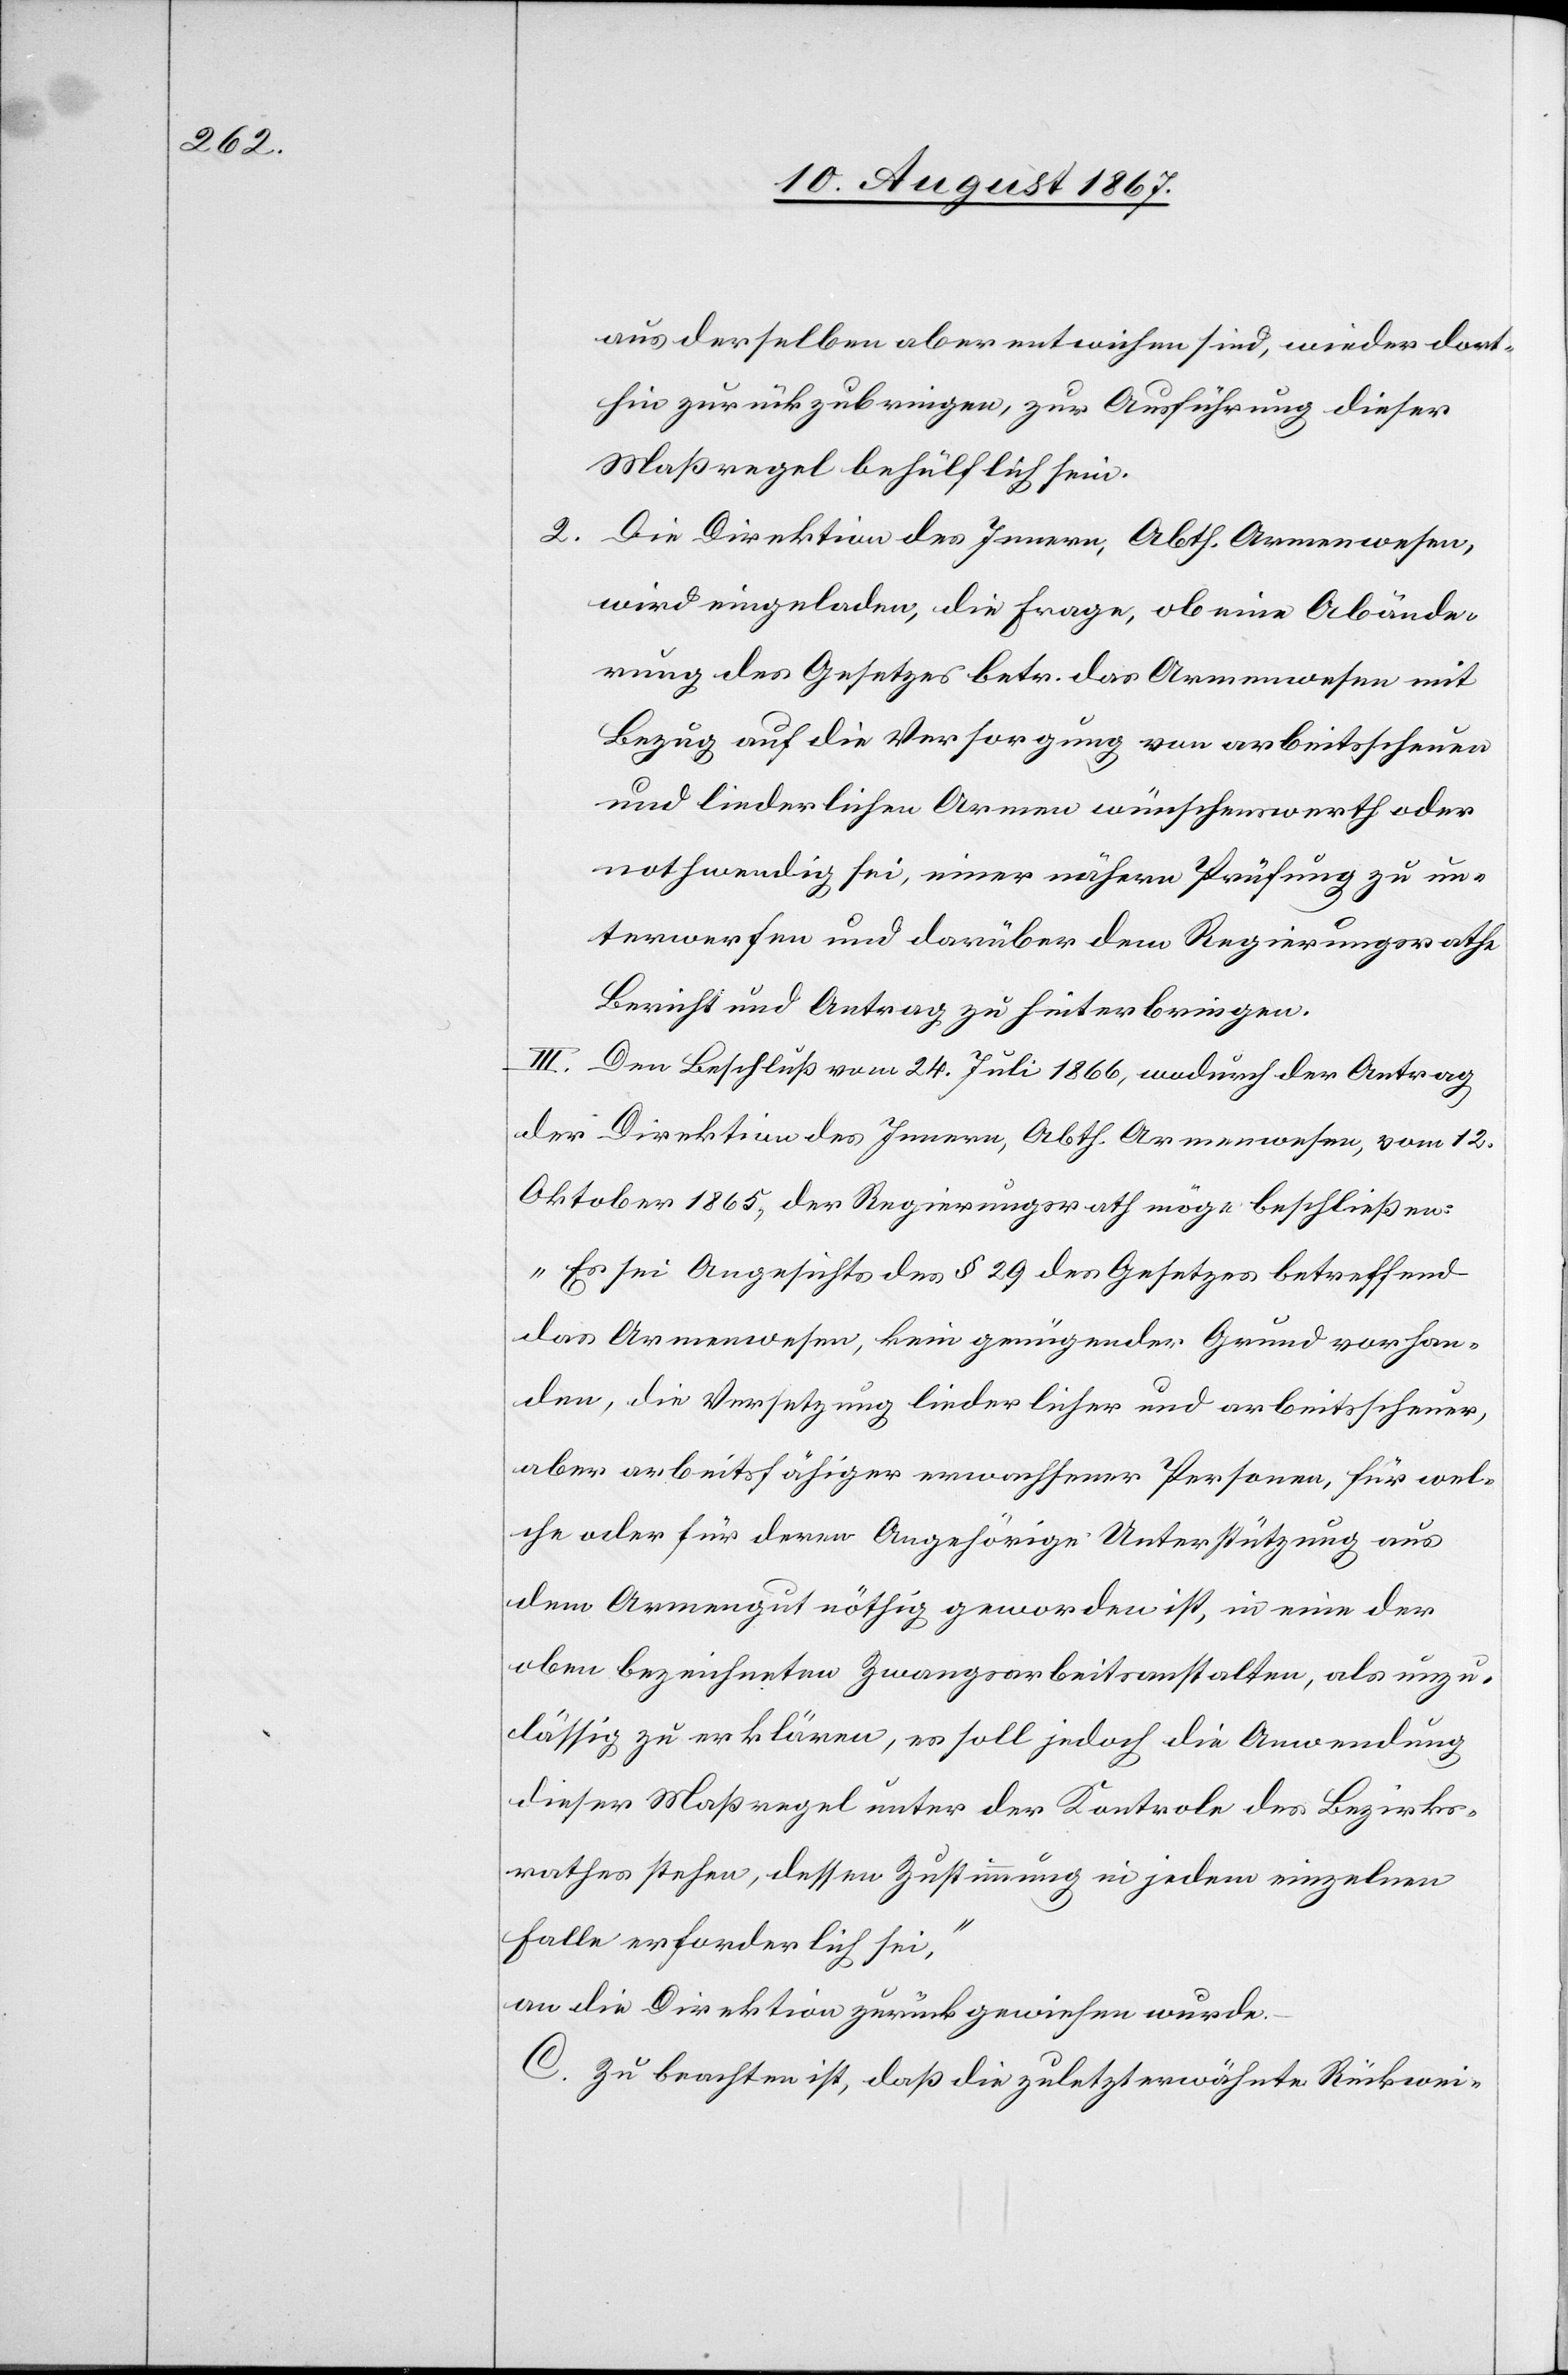
aus derselben aber entwichen sind, wieder dort¬
hin zu bringen, zur Ausführung dieser
Maßregel behülflich sein.
2. Die Direktion des Innern, Abth. Armenwesen,
wird eingeladen, die Frage, ob eine Abände¬
rung des Gesetzes betr. das Armenwesen mit
Bezug auf die Versorgung von arbeitsscheuen
und liederlichen Armen wünschenswerth oder
nothwendig sei, einer nähern Prüfung zu un¬
terwerfen und darüber dem Regierungsrath
Bericht und Antrag zu hinterbringen.
III. Dem Beschluß vom 24. Juli 1866, wodurch der Antrag
der Direktion des Innern, Abth. Armenwesen, vom 12.
Oktober 1865, der Regierungsrath möge beschließen:
„Es sei Angesichts des § 29 des Gesetzes betreffend
das Armenwesen, kein genügender Grund vorhan¬
den, die Versetzung liederlicher und arbeitsscheuer,
aber arbeitsfähiger erwachsener Personen, für wel¬
che oder für deren Angehörige Unterstützung aus
dem Armengut nöthig geworden ist, in eine der
oben bezeichneten Zwangsarbeitsanstalten, als unzu¬
lässig zu erklären, es soll jedoch die Anwendung
dieser Maßregel unter der Kontrole des Bezirks¬
rathes stehen, dessen Zustimmung in jedem einzelnen
Falle erforderlich sei,“
an die Direktion zurückgewiesen wurde.
C. Zu beachten ist, daß die zuletzt erwähnte Rückwei-